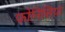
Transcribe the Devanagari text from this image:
फोनिसिया